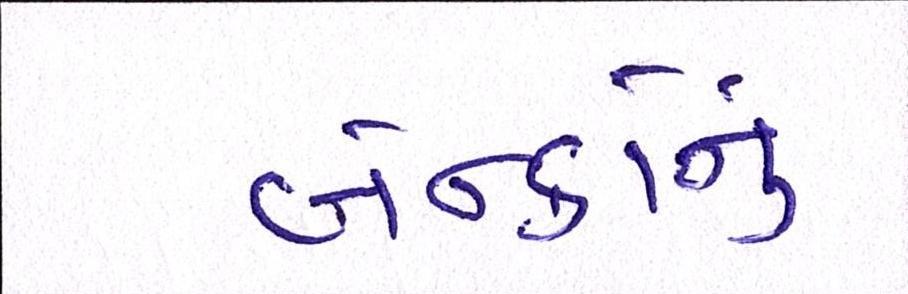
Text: બેન્કોનું